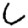
Digit: 6